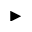
\blacktriangleright